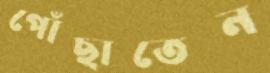
পোঁছাতেন